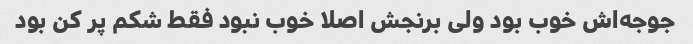
جوجه‌اش خوب بود ولی برنجش اصلا خوب نبود فقط شکم پر کن بود